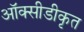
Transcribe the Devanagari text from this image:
ऑक्सीडीकृत